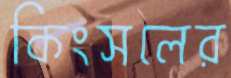
কিংসলের